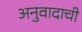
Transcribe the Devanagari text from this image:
अनुवादाची